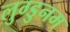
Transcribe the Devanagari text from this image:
लुग्डुनम